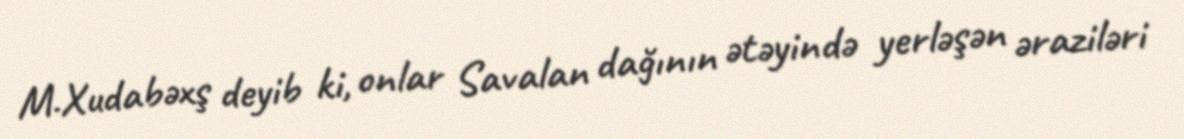
M.Xudabəxş deyib ki, onlar Savalan dağının ətəyində yerləşən əraziləri